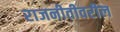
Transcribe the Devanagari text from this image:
राजनीतीवरील